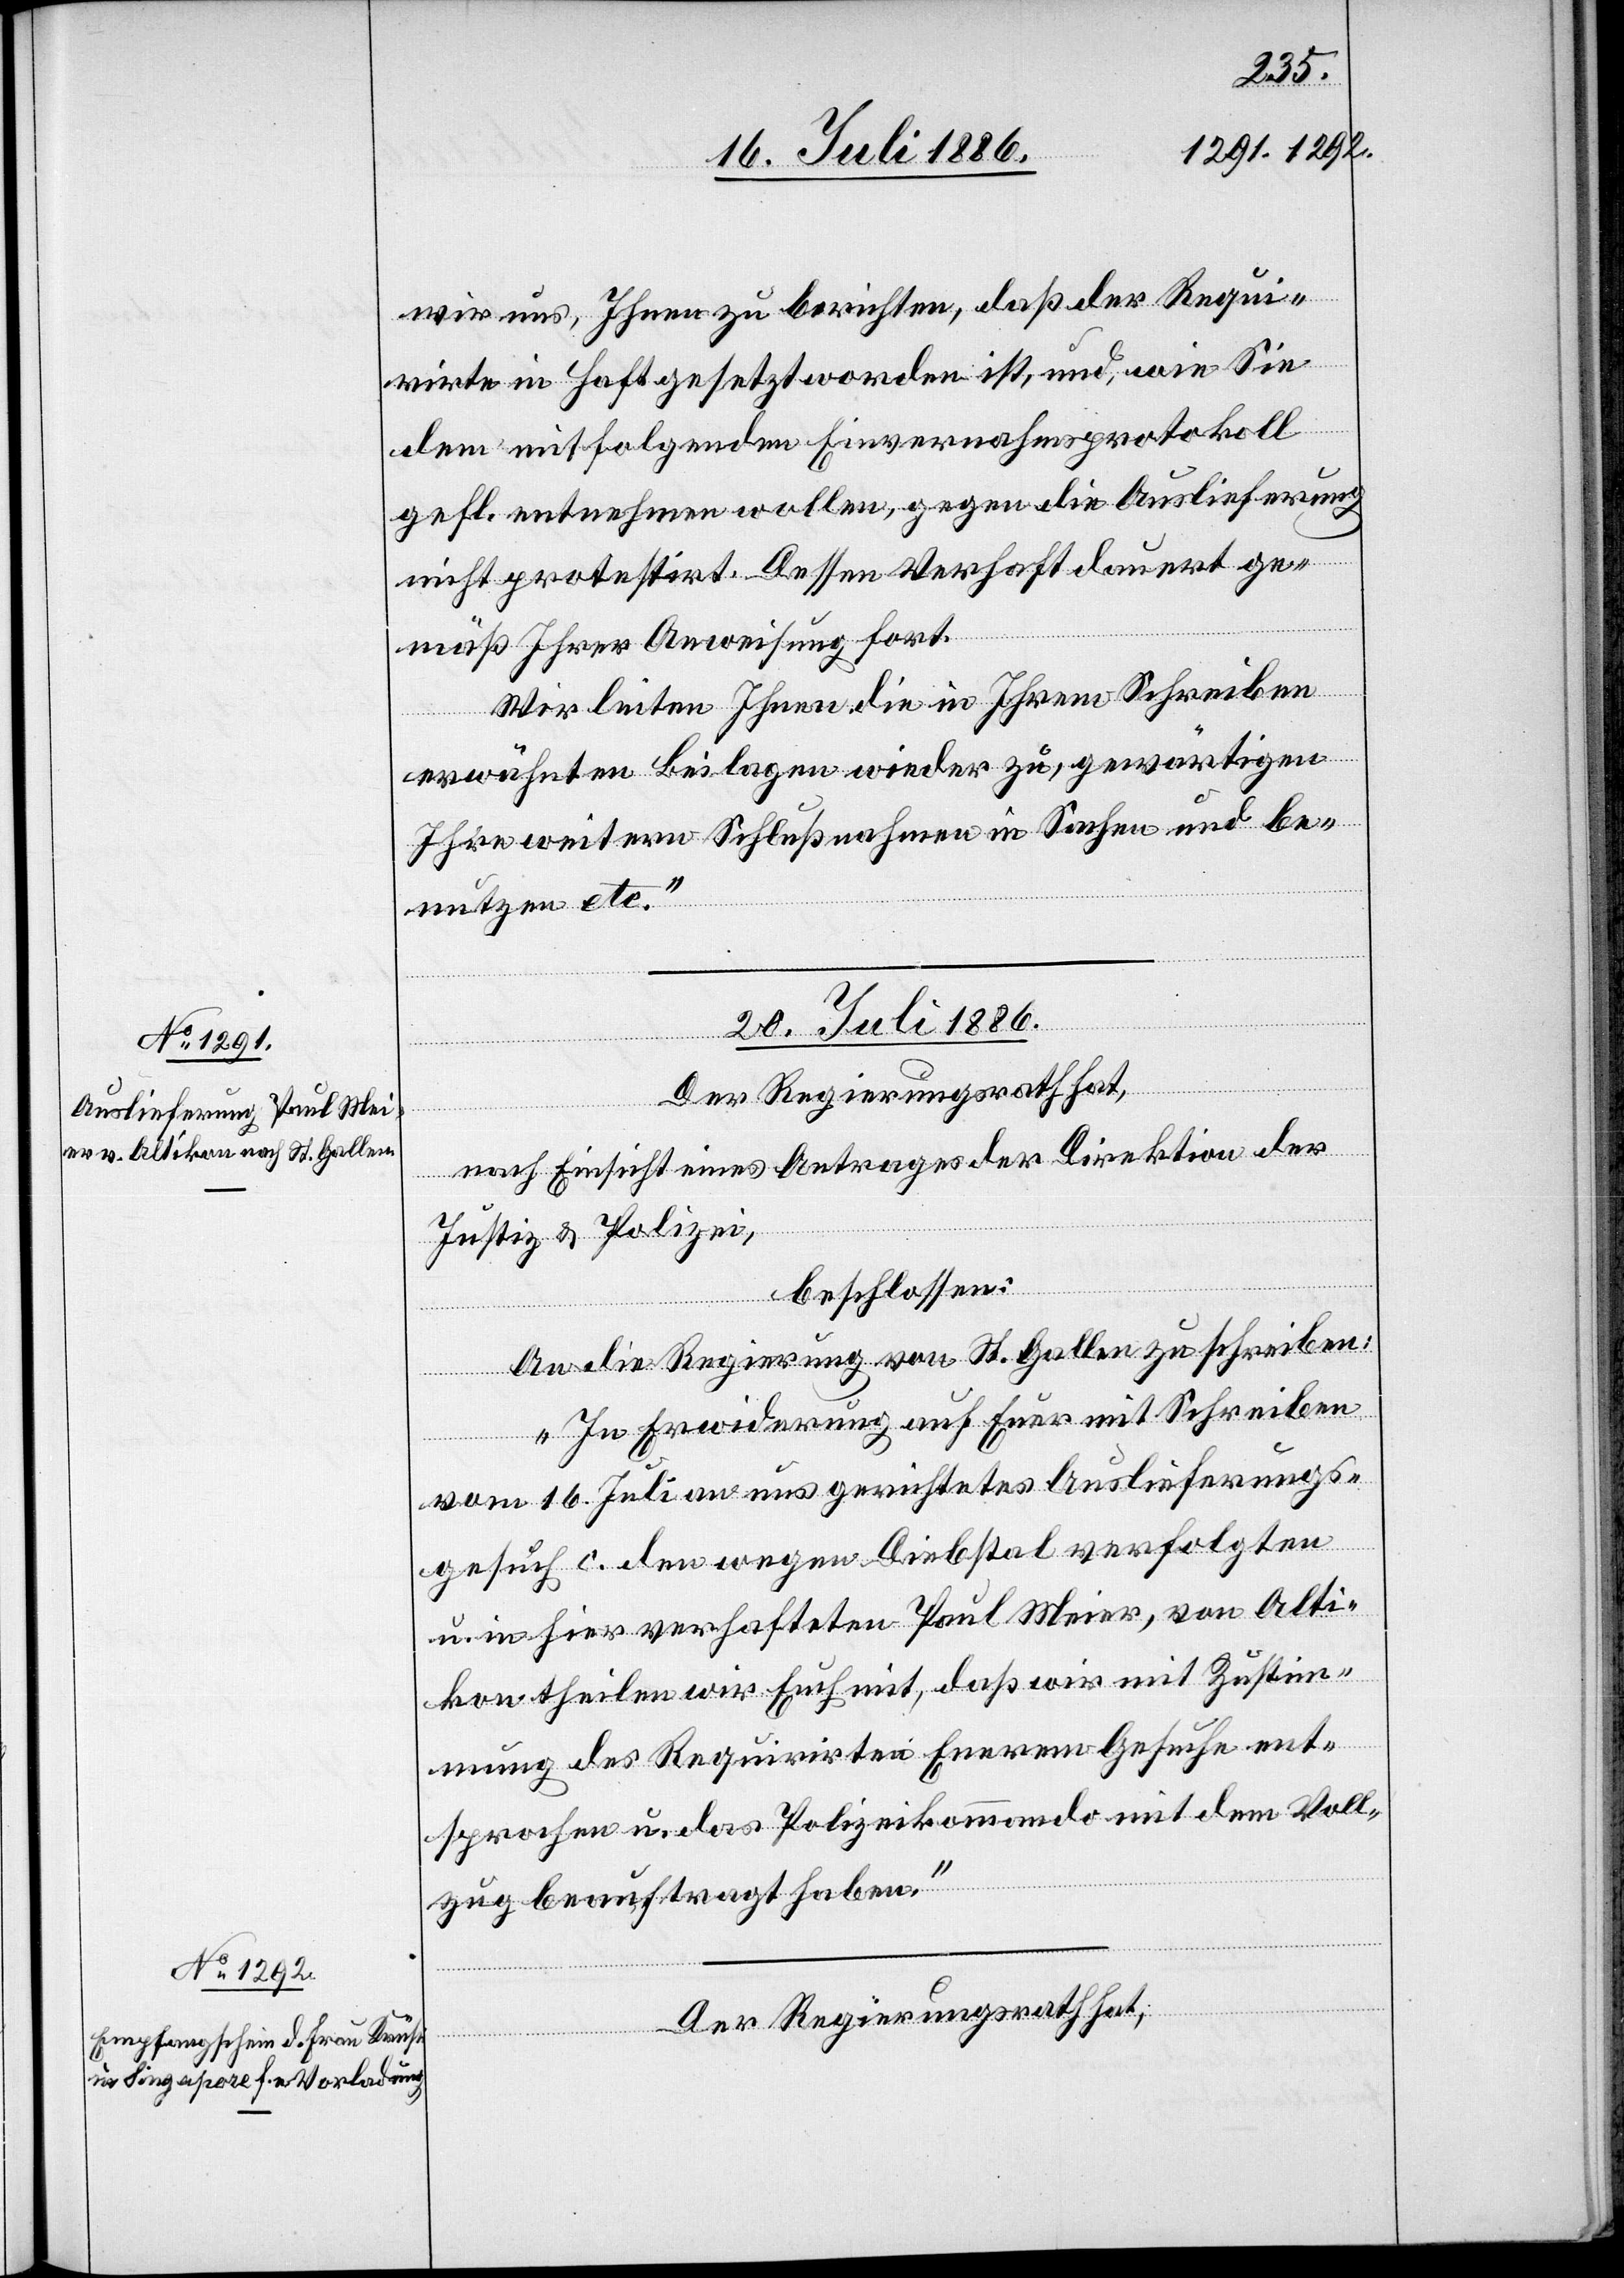
wir uns, Ihnen zu berichten, daß der Requi¬
rirte in Haft gesetzt worden ist, und, wie Sie
dem mitfolgenden Einvernahmsprotokoll
gefl. entnehmen wollen, gegen die Auslieferung
nicht protestirt. Dessen Verhaft dauert ge¬
mäß Ihrer Anweisung fort.
Wir leiten Ihnen die in Ihrem Schreiben
erwähnten Beilagen wieder zu, gewärtigen
Ihre weitere Schlußnahmen in Sachen und be¬
nutzen etc.“
20. Juli 1886.]
Der Regierungsrath hat,
nach Einsicht eines Antrages der Direktion der
Justiz & Polizei,
beschlossen:
An die Regierung von St. Gallen zu schreiben:
„In Erwiderung auf Euer mit Schreiben
vom 16. Juli an uns gerichtetes Auslieferungs¬
gesuch c. den wegen Diebstal verfolgten
u. in hier verhafteten Paul Meier, von Alti¬
kon theilen wir Euch mit, daß wir mit Zustim¬
mung des Requirirten Euerem Gesuche ent¬
sprochen u. das Polizeikommando mit dem Voll¬
zug beauftragt haben.“